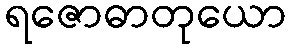
ရဇောဓာတုယော